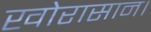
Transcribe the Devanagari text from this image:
खोरासान।